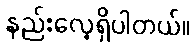
နည်းလေ့ရှိပါတယ်။